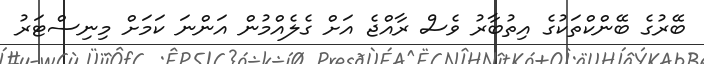
ބޭރުގެ ބޭންކްތަކުގެ އިތުބާރު ވެސް ރާއްޖެ އަށް ގެލެއްމުން އަންނަ ކަމަށް މިނިސްޓަރު